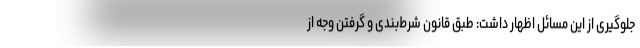
جلوگیری از این مسائل اظهار داشت: طبق قانون شرط‌بندی و گرفتن وجه از